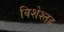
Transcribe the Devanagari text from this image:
विशेश्तह